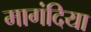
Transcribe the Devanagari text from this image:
मागंदिया